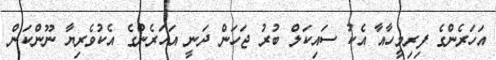
އަަހަރެންގެ ފިރިމީހާއާ އެކު ސައިކަލް ބުރު ޖަހަން ދަނީ އަހަރެންގެ އެކުވެރިޔާ ނޫންކަން